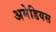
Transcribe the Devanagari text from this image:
अमेडियस